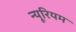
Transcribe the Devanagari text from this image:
न्यूरियम